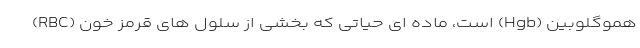
هموگلوبین (Hgb) است، ماده ای حیاتی که بخشی از سلول ‌های قرمز خون (RBC)